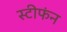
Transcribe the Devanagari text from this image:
स्टीफंन